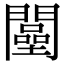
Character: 𨶴